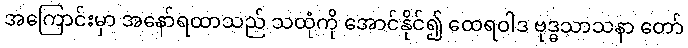
အကြောင်းမှာ အနော်ရထာသည် သထုံကို အောင်နိုင်၍ ထေရဝါဒ ဗုဒ္ဓသာသနာ တော်